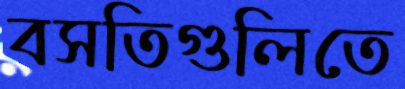
বসতিগুলিতে